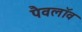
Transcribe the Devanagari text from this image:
पैवलॉव